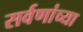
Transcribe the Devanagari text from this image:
सर्वणांच्या